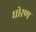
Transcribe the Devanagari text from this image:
घोरण